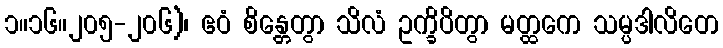
၁။၁၆။၂၀၅-၂၀၆)၊ ဧဝံ စိန္တေတွာ သိလံ ဥက္ခိပိတွာ မတ္ထကေ သမ္ပဒါလိတေ